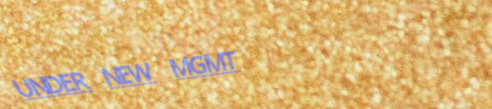
UNDER NEW MGMT